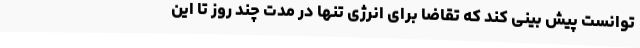
توانست پیش بینی کند که تقاضا برای انرژی تنها در مدت چند روز تا این